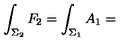
\int _ { \Sigma _ { 2 } } F _ { 2 } = \int _ { \Sigma _ { 1 } } A _ { 1 } =